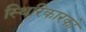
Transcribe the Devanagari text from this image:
स्थिरिकारको